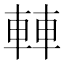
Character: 䡛